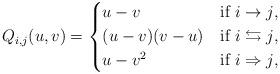
LaTeX: \begin{align*} Q_{i,j}(u,v) = \begin{cases*} u-v & if $i\to j$,\\ (u-v)(v-u) & if $i\leftrightarrows j$,\\ u-v^2 & if $i\Rightarrow j$, \end{cases*} \end{align*}